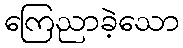
ကြေညာခဲ့သော